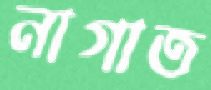
নাগাত